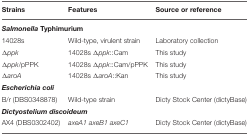
| Strains | Features | Source or reference |
 | --- | --- | --- |
 | <COLSPAN=3> SalmonellaTyphimurium |
 | 14028s | Wild-type, virulent strain | Laboratory collection |
 | Δppk | 14028s Δppk::Cam | This study |
 | Δppk/pPPK | 14028s Δppk::Cam/pPPK | This study |
 | ΔaroA | 14028s ΔaroA::Kan | This study |
 | <COLSPAN=3> Escherichia coli |
 | B/r (DBS0348878) | Wild-type strain | Dicty Stock Center (dictyBase) |
 | <COLSPAN=3> Dictyostelium discoideum |
 | AX4 (DBS0302402) | axeA1 axeB1 axeC1 | Dicty Stock Center (dictyBase) |